Leningradi_Edasi_toimetus, lk 211
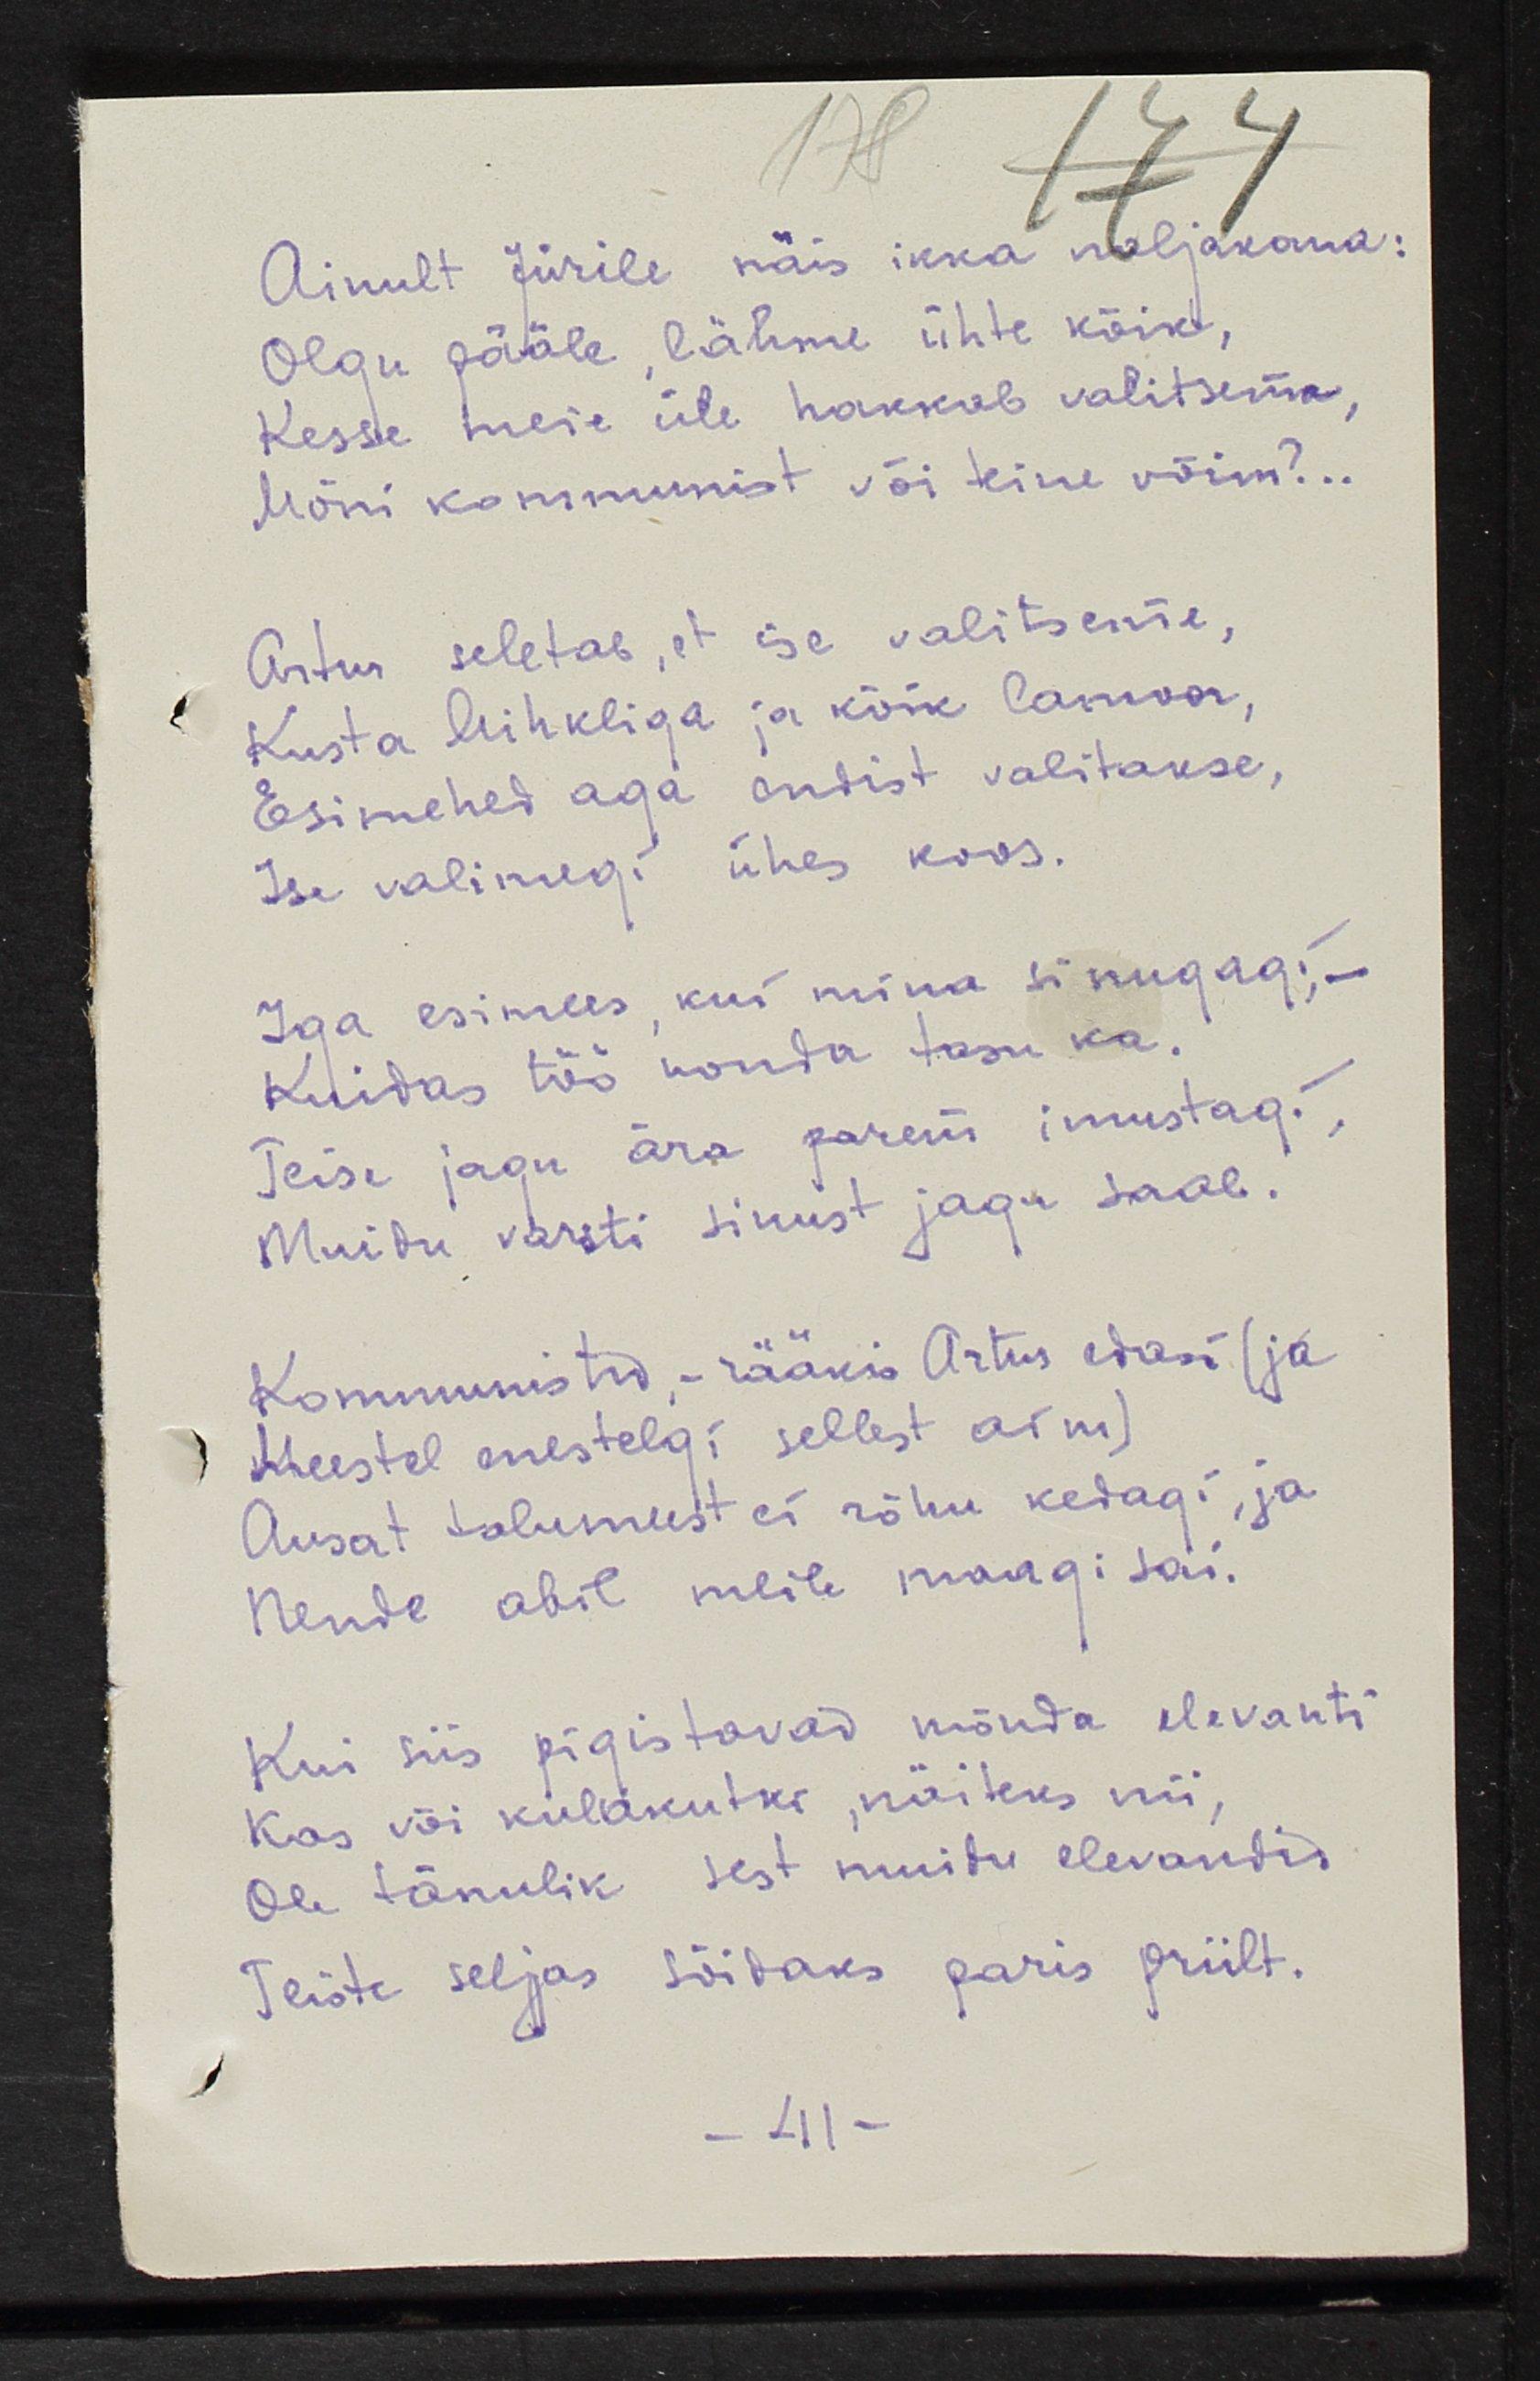
Ainult Jürile näis ikka naljakana:
Olgu pääle, lähme ühte kõik,
Kesse meie üle hakkab valitsema
Mõni kommunist või teine võim?..
Artur seletab, et ise valitseme,
Kusta Mihkliga ja kõik lamoor,
Esimehed aga endist valitakse,
Ise valimegi ühes koos.
Iga esimees, kui mina sinugagi,
Kuidas töö nonda tasu ka.
Teise jagu ära parem imestagi,
Muidu varsti sinust jagu saab
Kommunistid, - rääkis Artur edasi (ja
Meestel enestelgi sellest aim)
Ausat talumeest ei rõhu kedagi, ja
Nende abil meile maagi sai.
Kui siis pigistavad nõnda elevanti
Kas või kulakutki, näiteks nii,
Ole tänulik sest muidu elevandid
Teiste seljas sõidaks paris priilt.